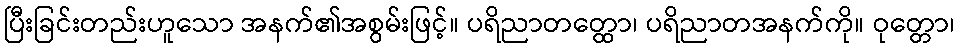
ပြီးခြင်းတည်းဟူသော အနက်၏အစွမ်းဖြင့်။ ပရိညာတတ္ထော၊ ပရိညာတအနက်ကို။ ဝုတ္တော၊